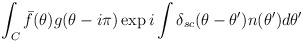
\begin{align*}\int_{C}\bar{f}(\theta )g(\theta -i\pi )\exp i\int \delta _{sc}(\theta-\theta ^{\prime })n(\theta ^{\prime })d\theta ^{\prime }\end{align*}